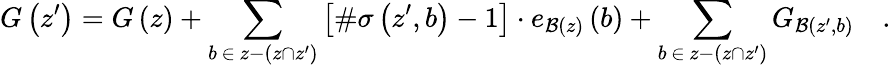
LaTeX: G\left(z^{\prime}\right)=G\left(z\right)+\sum_{b\, \in\, z-\left(z\cap z^{\prime}\right)}\left[\# \sigma\left(z^{\prime},b\right)-1\right]\cdot e_{{\cal B}\left(z\right)}\left(b\right)+\sum_{b\, \in\, z-\left(z\cap z^{\prime}\right)}G_{{\cal B}\left(z^{\prime},b\right)}\quad.